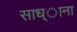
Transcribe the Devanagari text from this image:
साध्ाना